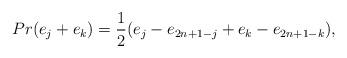
LaTeX: \begin{align*}Pr(e_j+e_k)={1\over2}(e_j-e_{2n+1-j}+e_k-e_{2n+1-k}),\end{align*}